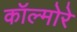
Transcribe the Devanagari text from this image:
कॉल्मोरे